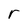
Character: r